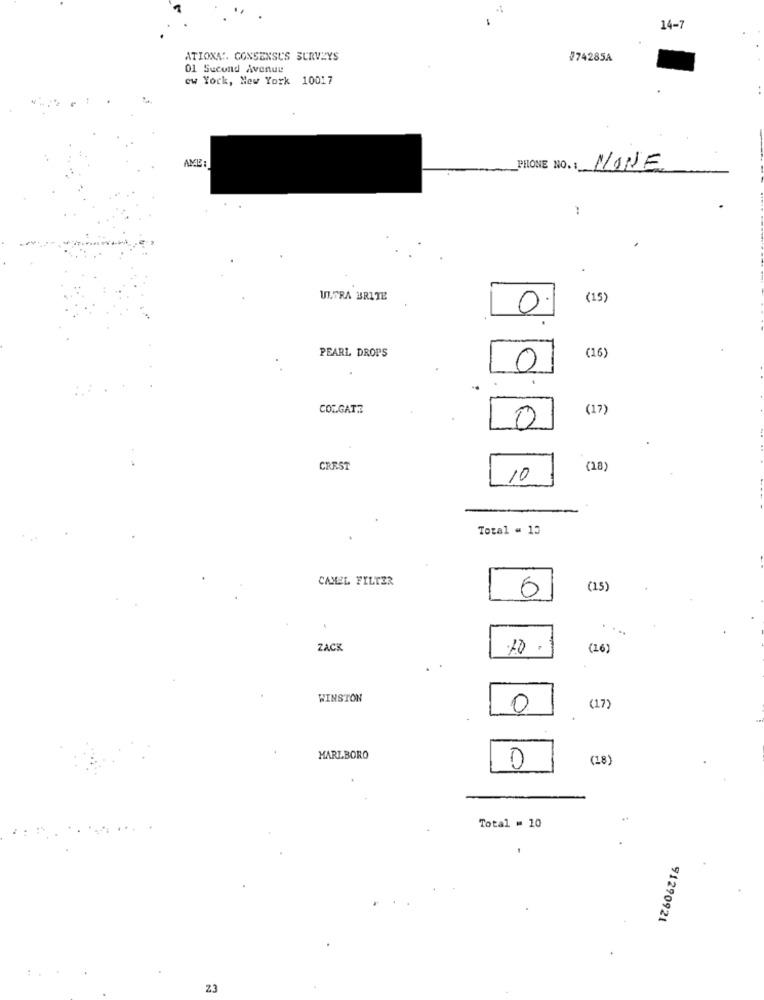
14-7
ATIONA :. CONSENSUS SURVEYS
#74285A
01 Second Avenue
ew York, New York 10017
AME :
PHONE NO. :
NONE
UI.FRA BRITE
(15)
0.
PEARL DROPS
(16
0
COLGATE
(17
0
CREST
(18
10
Total = 13
CAMEL FILTER
6
(15)
.
ZACK
70
.
(16)
.
WINSTON
0
(17)
MARLBORO
(18
Total = 10
91290921
Z3